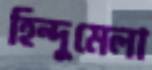
হিন্দুমেলা